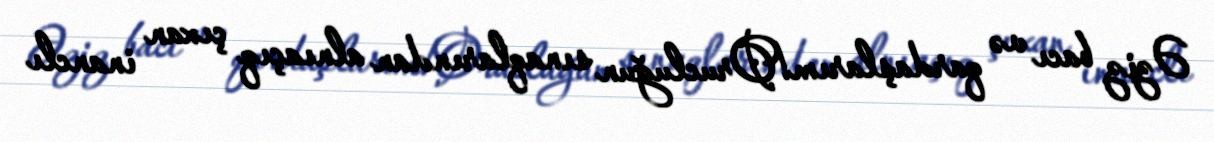
Əziz bacı və qardaşlarım!Orucluğun sınaqlarından alnıaçıq çıxan inanclı